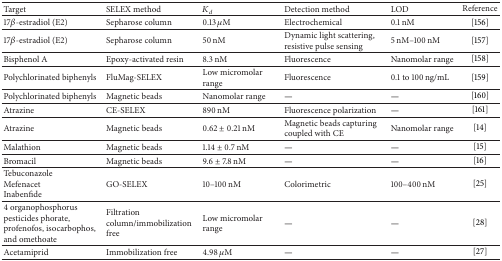
<table><thead><tr><td><b>Target</b></td><td><b>SELEX method</b></td><td><b><i>K</i><sub><i>d</i></sub></b></td><td><b>Detection method</b></td><td><b>LOD</b></td><td><b>Reference</b></td></tr></thead><tbody><tr><td>17<i>β</i>-estradiol (E2)</td><td>Sepharose column</td><td>0.13 <i>μ</i>M</td><td>Electrochemical</td><td>0.1 nM</td><td>[156]</td></tr><tr><td>17<i>β</i>-estradiol (E2)</td><td>Sepharose column</td><td>50 nM</td><td>Dynamic light scattering, resistive pulse sensing</td><td>5 nM–100 nM</td><td>[157]</td></tr><tr><td>Bisphenol A</td><td>Epoxy-activated resin</td><td>8.3 nM</td><td>Fluorescence</td><td>Nanomolar range</td><td>[158]</td></tr><tr><td>Polychlorinated biphenyls </td><td>FluMag-SELEX</td><td>Low micromolar range</td><td>Fluorescence</td><td>0.1 to 100 ng/mL</td><td>[159]</td></tr><tr><td>Polychlorinated biphenyls </td><td>Magnetic beads</td><td>Nanomolar range</td><td><b>—</b></td><td><b>—</b></td><td>[160]</td></tr><tr><td>Atrazine</td><td>CE-SELEX</td><td>890 nM</td><td>Fluorescence polarization</td><td><b>—</b></td><td>[161]</td></tr><tr><td>Atrazine</td><td>Magnetic beads</td><td>0.62 ± 0.21 nM</td><td>Magnetic beads capturing coupled with CE</td><td>Nanomolar range</td><td>[14]</td></tr><tr><td>Malathion</td><td>Magnetic beads</td><td>1.14 ± 0.7 nM</td><td><b>—</b></td><td><b>—</b></td><td>[15]</td></tr><tr><td>Bromacil</td><td>Magnetic beads</td><td>9.6 ± 7.8 nM</td><td><b>—</b></td><td><b>—</b></td><td>[16]</td></tr><tr><td>Tebuconazole MefenacetInabenfide</td><td>GO-SELEX</td><td>10–100 nM</td><td>Colorimetric</td><td>100–400 nM</td><td>[25]</td></tr><tr><td>4 organophosphorus pesticides phorate, profenofos, isocarbophos, and omethoate</td><td>Filtration column/immobilization free</td><td>Low micromolar range</td><td><b>—</b></td><td><b>—</b></td><td>[28]</td></tr><tr><td>Acetamiprid</td><td>Immobilization free</td><td>4.98 <i>μ</i>M</td><td><b>—</b></td><td><b>—</b></td><td>[27]</td></tr></tbody></table>